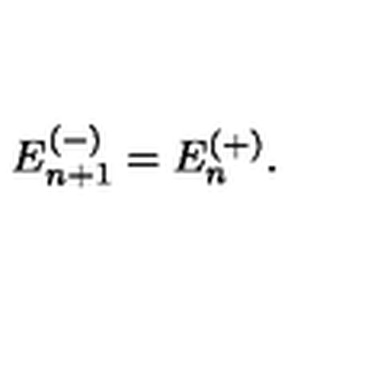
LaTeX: E _ { n + 1 } ^ { ( - ) } = E _ { n } ^ { ( + ) } .